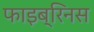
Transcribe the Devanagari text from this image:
फाइब्रिनस